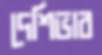
দেশিভাব